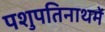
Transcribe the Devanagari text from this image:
पशुपतिनाथमें